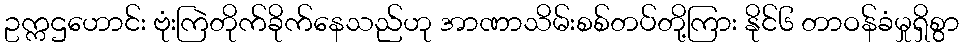
ဥက္ကဌဟောင်း ဗုံးကြဲတိုက်ခိုက်နေသည်ဟု အာဏာသိမ်းစစ်တပ်တို့ကြား နိုင်၆ တာဝန်ခံမှုရှိစွာ